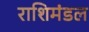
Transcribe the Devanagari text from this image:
राशिमंडल